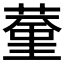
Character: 𦸨